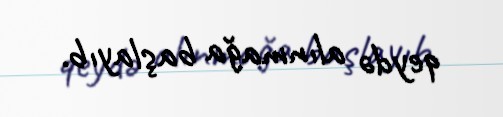
qeydə alınmağa başlayıb.